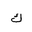
Letter: _kaf